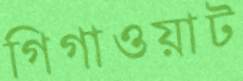
গিগাওয়াট